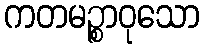
ကတမဉ္စာဝုသော